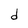
Character: d